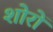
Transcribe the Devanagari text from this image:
शोरों